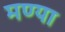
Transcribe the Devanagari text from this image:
मण्या